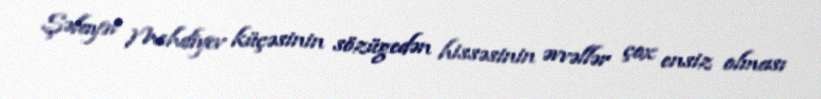
Şəfayət Mehdiyev küçəsinin sözügedən hissəsinin əvvəllər çox ensiz olması